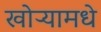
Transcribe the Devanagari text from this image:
खोऱ्यामधे